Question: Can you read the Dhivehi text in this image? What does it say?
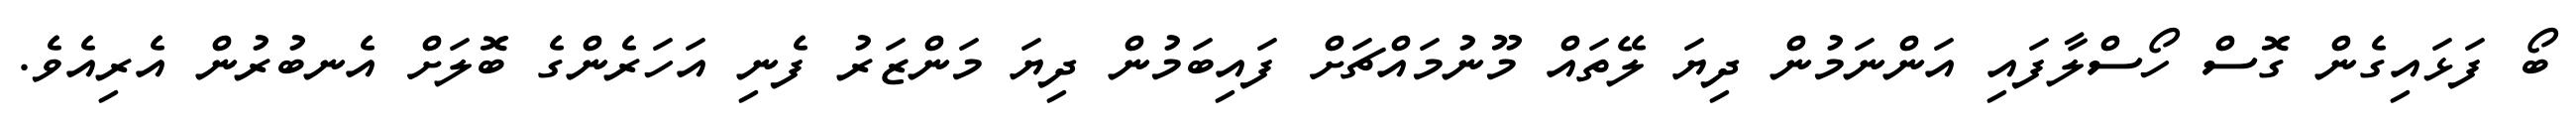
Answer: ބޯ ފަޅައިގެން ގޮސް ހޯސްލާފައި އަންނަމުން ދިޔަ ލޭތައް މޫނުމައްޗަށް ފައިބަމުން ދިޔަ މަންޒަރު ފެނި އަހަރެންގެ ބޮލަށް އެނބުރުން އެރިއެވެ.